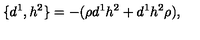
\{ d ^ { 1 } , h ^ { 2 } \} = - ( \rho d ^ { 1 } h ^ { 2 } + d ^ { 1 } h ^ { 2 } \rho ) ,